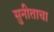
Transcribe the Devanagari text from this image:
सुनीताचा